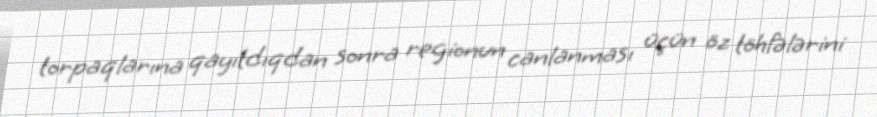
torpaqlarına qayıtdıqdan sonra regionun canlanması üçün öz töhfələrini